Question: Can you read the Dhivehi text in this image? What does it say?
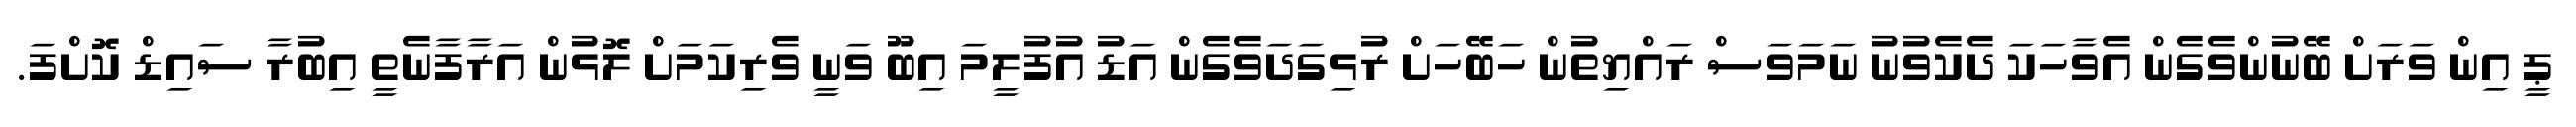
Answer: ޕީ އިން ވަރަށް ބޭނުންވެގެން އެވާހަކަ ދެކެވުނު ނަމަވަސް ރައްޔިތުން ހަބޭހަށް ރުޅިގަދަވެގެން އަޑު އުފުލީމަ އިބޫ ވަނީ ވެރިކަމަށް ލޮޅުން އަރާފާނެތީ އިބުރާ ސައިޑް ކޮށްފަ.